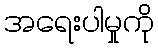
အရေးပါမှုကို